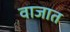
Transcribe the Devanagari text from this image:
वाजात